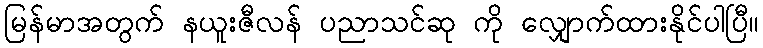
မြန်မာအတွက် နယူးဇီလန် ပညာသင်ဆု ကို လျှောက်ထားနိုင်ပါပြီ။